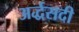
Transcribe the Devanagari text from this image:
अर्द्धसदी